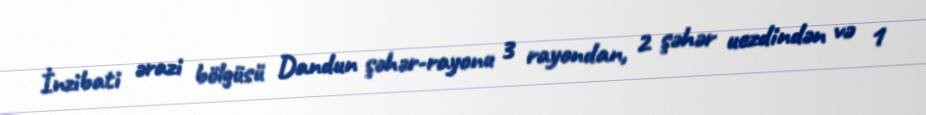
İnzibati ərazi bölgüsü Dandun şəhər-rayonu 3 rayondan, 2 şəhər uezdindən və 1